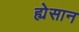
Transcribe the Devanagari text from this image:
ह्येसान